Note on the mental hospitals in Burma - 1925-1940
Year: 1925
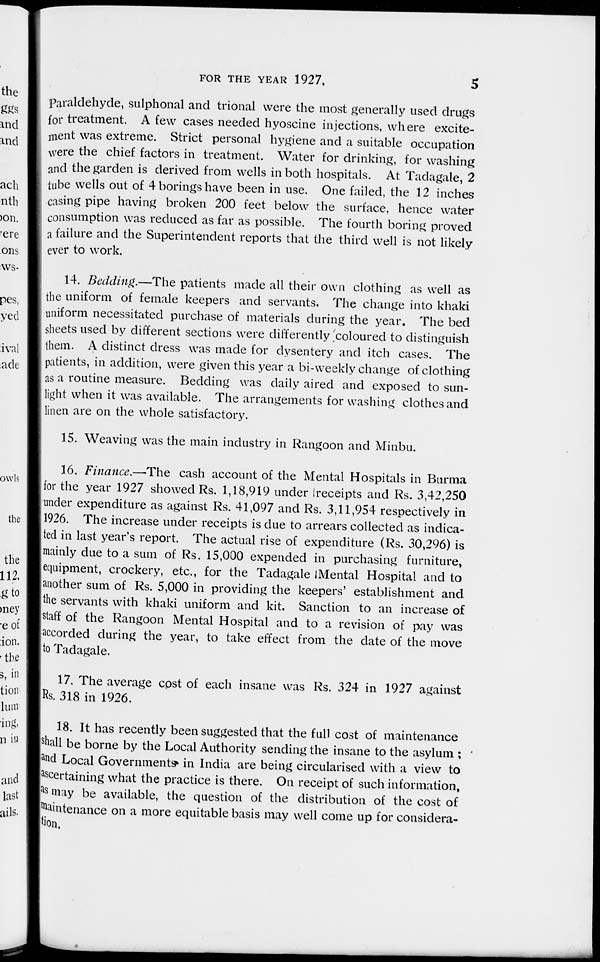
FOR THE YEAR 1927.
5
paraldehyde, sulphonal and trional were the most generally used drugs
for treatment. A few cases needed hyoscine injections, where excite-
ment was extreme. Strict personal hygiene and a suitable occupation
were the chief factors in treatment. Water for drinking, for washing
and the garden is derived from wells in both hospitals. At Tadagale, 2
tube wells out of 4 borings have been in use. One failed, the 12 inches
casing pipe having broken 200 feet below the surface, hence water
consumption was reduced as far as possible. The fourth boring proved
a failure and the Superintendent reports that the third well is not likely
ever to work.
14. Bedding.—The patients made all their own clothing as well as
the uniform of female keepers and servants. The change into khaki
uniform necessitated purchase of materials during the year. The bed
sheets used by different sections were differently coloured to distinguish
them. A distinct dress was made for dysentery and itch cases. The
patients, in addition, were given this year a bi-weekly change of clothing
as a routine measure. Bedding was daily aired and exposed to sun-
light when it was available. The arrangements for washing clothes and
linen are on the whole satisfactory.
15. Weaving was the main industry in Rangoon and Minbu.
16. Finance.—The cash account of the Mental Hospitals in Burma
for the year 1927 showed Rs. 1,18,919 under receipts and Rs. 3,42,250
under expenditure as against Rs. 41,097 and Rs. 3,11,954 respectively in
1926. The increase under receipts is due to arrears collected as indica-
ted in last year's report. The actual rise of expenditure (Rs. 30,296) is
mainly due to a sum of Rs. 15,000 expended in purchasing furniture,
equipment, crockery, etc., for the Tadagale Mental Hospital and to
another sum of Rs. 5,000 in providing the keepers' establishment and
the servants with khaki uniform and kit. Sanction to an increase of
staff of the Rangoon Mental Hospital and to a revision of pay was
accorded during the year, to take effect from the date of the move
to Tadagale.
17. The average cost of each insane was Rs. 324 in 1927 against
Rs. 318 in 1926.
18. It has recently been suggested that the full cost of maintenance
shall be borne by the Local Authority sending the insane to the asylum ;
and Local Governments in India are being circularised with a view to
ascertaining what the practice is there. On receipt of such information,
as may be available, the question of the distribution of the cost of
maintenance on a more equitable basis may well come up for considera-
tion.